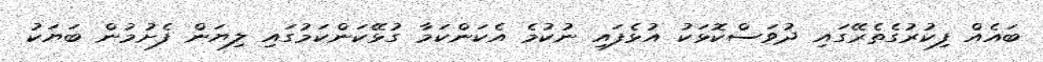
ބައެއް ފިކުރުގެތެރޭގައި ދުވަސްކޮޅަކު އުޅެފައި ނުކުމެ އެކަންކަމާ ގުޅޭކަންކަމުގައި ލިޔަން ފެށުމުން ބަޔަކު